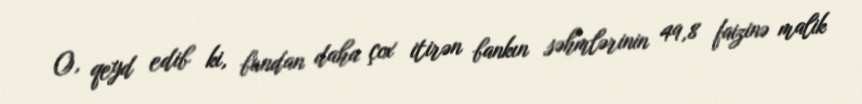
O, qeyd edib ki, bundan daha çox itirən bankın səhmlərinin 49,8 faizinə malik